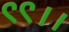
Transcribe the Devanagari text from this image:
९९।।